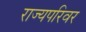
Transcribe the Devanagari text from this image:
राज्यपरिवर